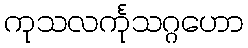
ကုသလင်္ကုသဂ္ဂဟော